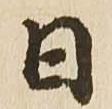
日